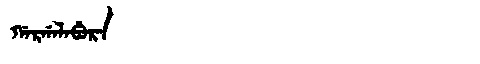
Manchu: ᡤᠠᡵᡤᠠᠯᠠᠪᡠᡵᠠ
Romanization: GARGALABURA